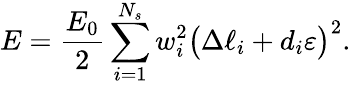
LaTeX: E=\frac{E_{0}}{2}\sum_{i=1}^{N_{s}}{w_{i}^{2}\big(\Delta\ell_{i}+d_{i}\varepsilon\big)^{2}}.